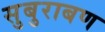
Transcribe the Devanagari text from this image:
सुबुराबण